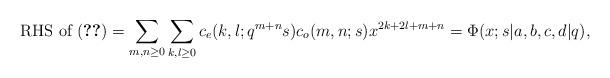
LaTeX: \begin{align*}\mbox{RHS of (\ref{gen-7})}=\sum_{m,n\geq 0}\sum_{k,l\geq 0} c_e(k,l;q^{m+n}s)c_o(m,n;s) x^{2k+2l+m+n}=\Phi(x;s|a,b,c,d|q),\end{align*}